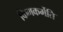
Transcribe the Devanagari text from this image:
किमकर्मेति